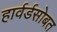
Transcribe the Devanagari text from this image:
हार्वर्डसोबत